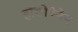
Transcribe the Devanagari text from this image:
होलोबैनेन